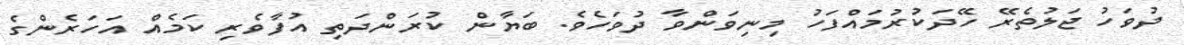
ދުވަހު ޖަލުތެރޭ ހޭދަކުރުމައްފަހު މިނިވަންވާ ދުވަހެވެ. ބަޔާން ކުރަންދަތި އުފާވެރި ކަމެއް އަހަރެންގެ